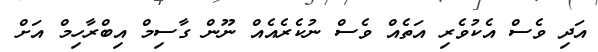
އަދި ވެސް އެކުވެރި އަތެއް ވެސް ނުކެރެއެއް ނޫން ގާސިމް އިބްރާހިމް އަށް